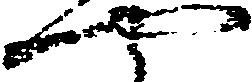
や